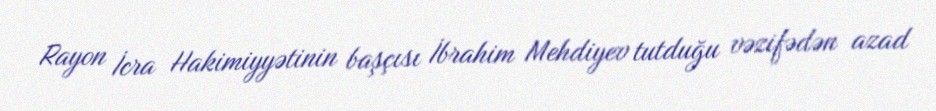
Rayon İcra Hakimiyyətinin başçısı İbrahim Mehdiyev tutduğu vəzifədən azad